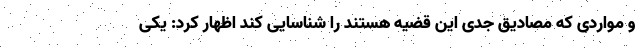
و مواردی که مصادیق جدی این قضیه هستند را شناسایی کند اظهار کرد: یکی